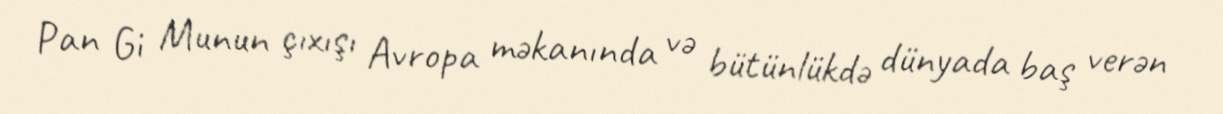
Pan Gi Munun çıxışı Avropa məkanında və bütünlükdə dünyada baş verən